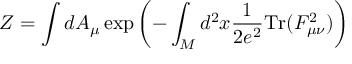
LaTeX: Z = \int d A _ { \mu } \exp \left( - \int _ { M } d ^ { 2 } x \frac { 1 } { 2 e ^ { 2 } } \mathrm { T r } ( F _ { \mu \nu } ^ { 2 } ) \right)